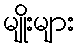
မျိုးများ